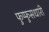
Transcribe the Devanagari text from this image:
फुप्फुसधारी